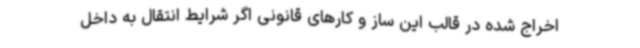
اخراج شده در قالب این ساز و کارهای قانونی اگر شرایط انتقال به داخل